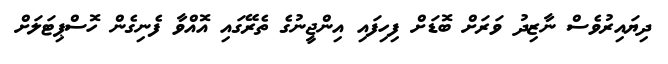
ދިޔައިރުވެސް ނާޒިދު ވަރަށް ބޮޑަށް ފިހިފައި އިންޖީނުގެ ތެރޭގައި އޮއްވާ ފެނިގެން ހޮސްޕިޓަލަށް